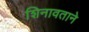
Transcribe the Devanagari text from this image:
शिनावताने